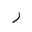
Letter: _ra